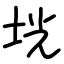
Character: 垙